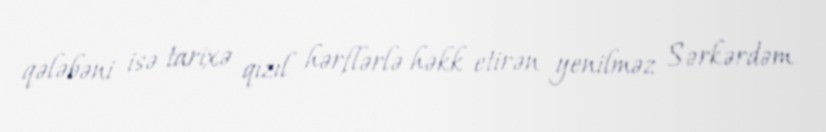
qələbəni isə tarixə qızıl hərflərlə həkk etirən yenilməz Sərkərdəm.